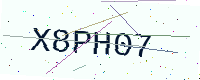
Text: X8PH07